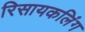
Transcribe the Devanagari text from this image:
रिसायकलिंग